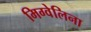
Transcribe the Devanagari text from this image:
मिग्वेलिना